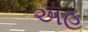
અહ